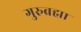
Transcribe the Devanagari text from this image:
गुरुब्रह्मा